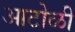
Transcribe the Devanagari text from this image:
आटोळी